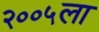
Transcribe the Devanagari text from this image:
२००५ला